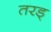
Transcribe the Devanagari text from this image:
तरड्